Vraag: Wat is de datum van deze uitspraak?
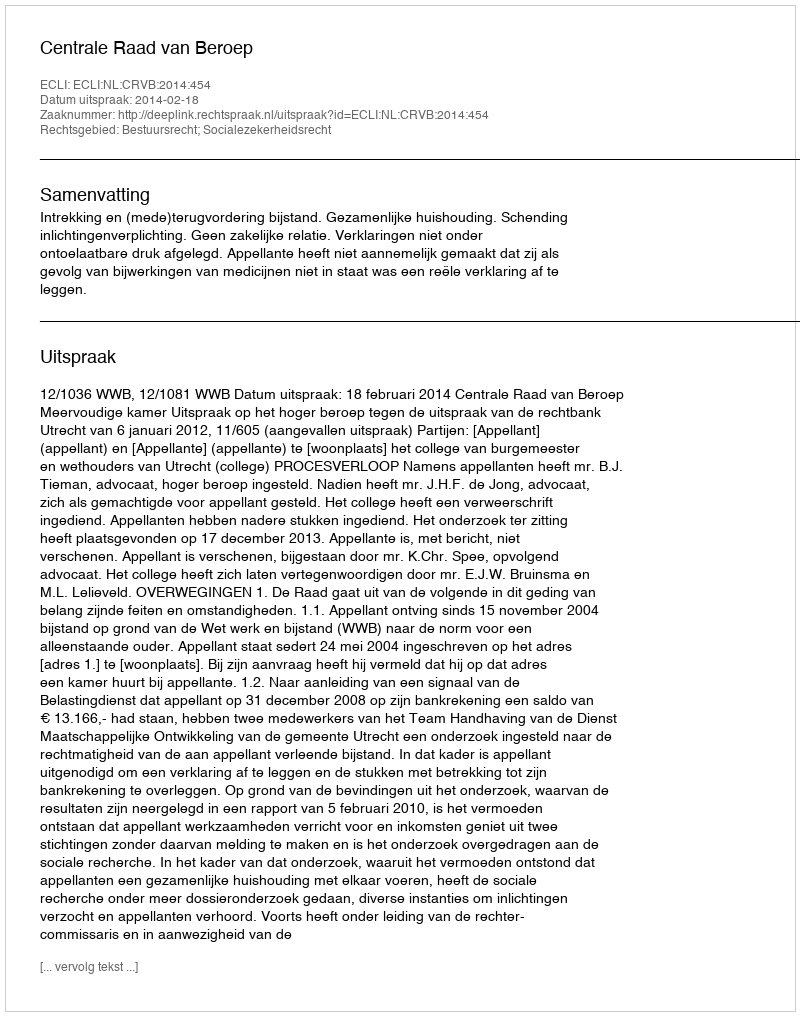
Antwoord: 2014-02-18